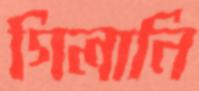
গিলানি